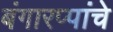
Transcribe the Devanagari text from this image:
बंगारप्पांचे